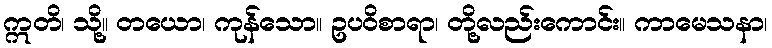
ဣတိ၊ သို့။ တယော၊ ကုန်သော။ ဥပဝိစာရာ၊ တို့လည်းကောင်း။ ကာမေသနာ၊